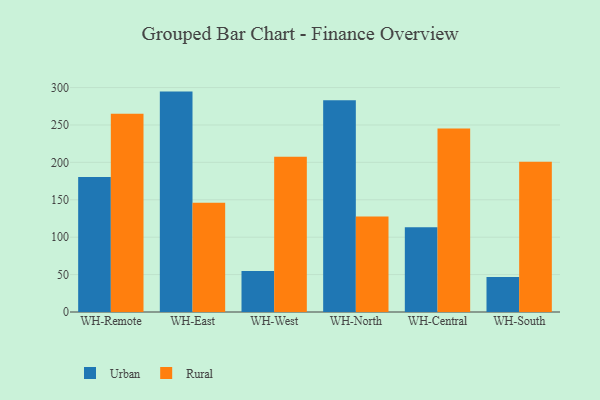
{"axis": {"x": "Warehouse", "y": "Inventory Turnover"}, "legend": ["Rural", "Urban"], "data": [{"x": "WH-Remote", "y": 180.5, "type": "Urban"}, {"x": "WH-Remote", "y": 265.1, "type": "Rural"}, {"x": "WH-East", "y": 294.6, "type": "Urban"}, {"x": "WH-East", "y": 146.0, "type": "Rural"}, {"x": "WH-West", "y": 54.7, "type": "Urban"}, {"x": "WH-West", "y": 207.5, "type": "Rural"}, {"x": "WH-North", "y": 283.1, "type": "Urban"}, {"x": "WH-North", "y": 127.5, "type": "Rural"}, {"x": "WH-Central", "y": 113.2, "type": "Urban"}, {"x": "WH-Central", "y": 245.3, "type": "Rural"}, {"x": "WH-South", "y": 46.9, "type": "Urban"}, {"x": "WH-South", "y": 200.8, "type": "Rural"}]}